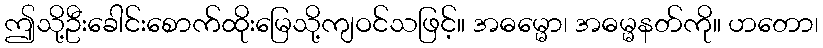
ဤသို့ဦးခေါင်းစောက်ထိုးမြေသို့ကျဝင်သဖြင့်။ အဓမ္မော၊ အဓမ္မနတ်ကို။ ဟတော၊